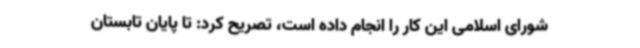
شورای اسلامی این کار را انجام داده است، تصریح کرد: تا پایان تابستان